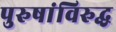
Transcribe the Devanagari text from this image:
पुरुषांविरुद्ध